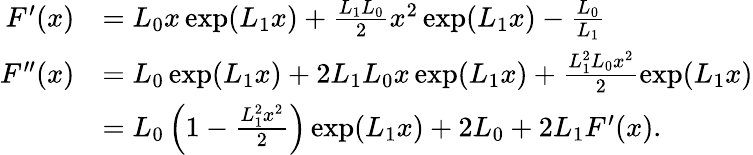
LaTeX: \begin{array}{rl}{F^{\prime}(x)}&{=L_{0}x\exp(L_{1}x)+\frac{L_{1}L_{0}}{2}x^{2}\exp(L_{1}x)-\frac{L_{0}}{L_{1}}}\\ {F^{\prime\prime}(x)}&{=L_{0}\exp(L_{1}x)+2L_{1}L_{0}x\exp(L_{1}x)+\frac{L_{1}^{2}L_{0}x^{2}}{2}\exp(L_{1}x)}\\ &{=L_{0}\left(1-\frac{L_{1}^{2}x^{2}}{2}\right)\exp(L_{1}x)+2L_{0}+2L_{1}F^{\prime}(x).}\end{array}